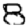
Digit: 8